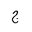
Letter: _gim